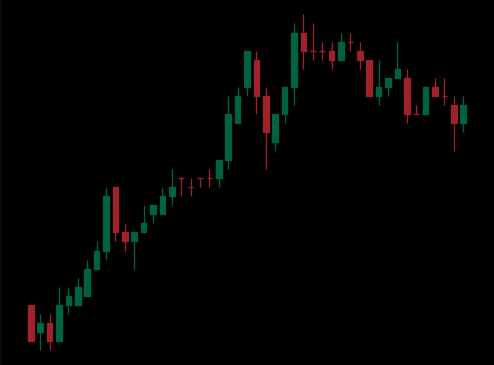
Pattern: bear_flag